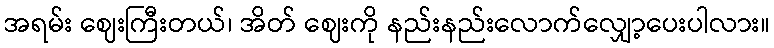
အရမ်း ဈေးကြီးတယ်၊ အိတ် ဈေးကို နည်းနည်းလောက်လျှော့ပေးပါလား။